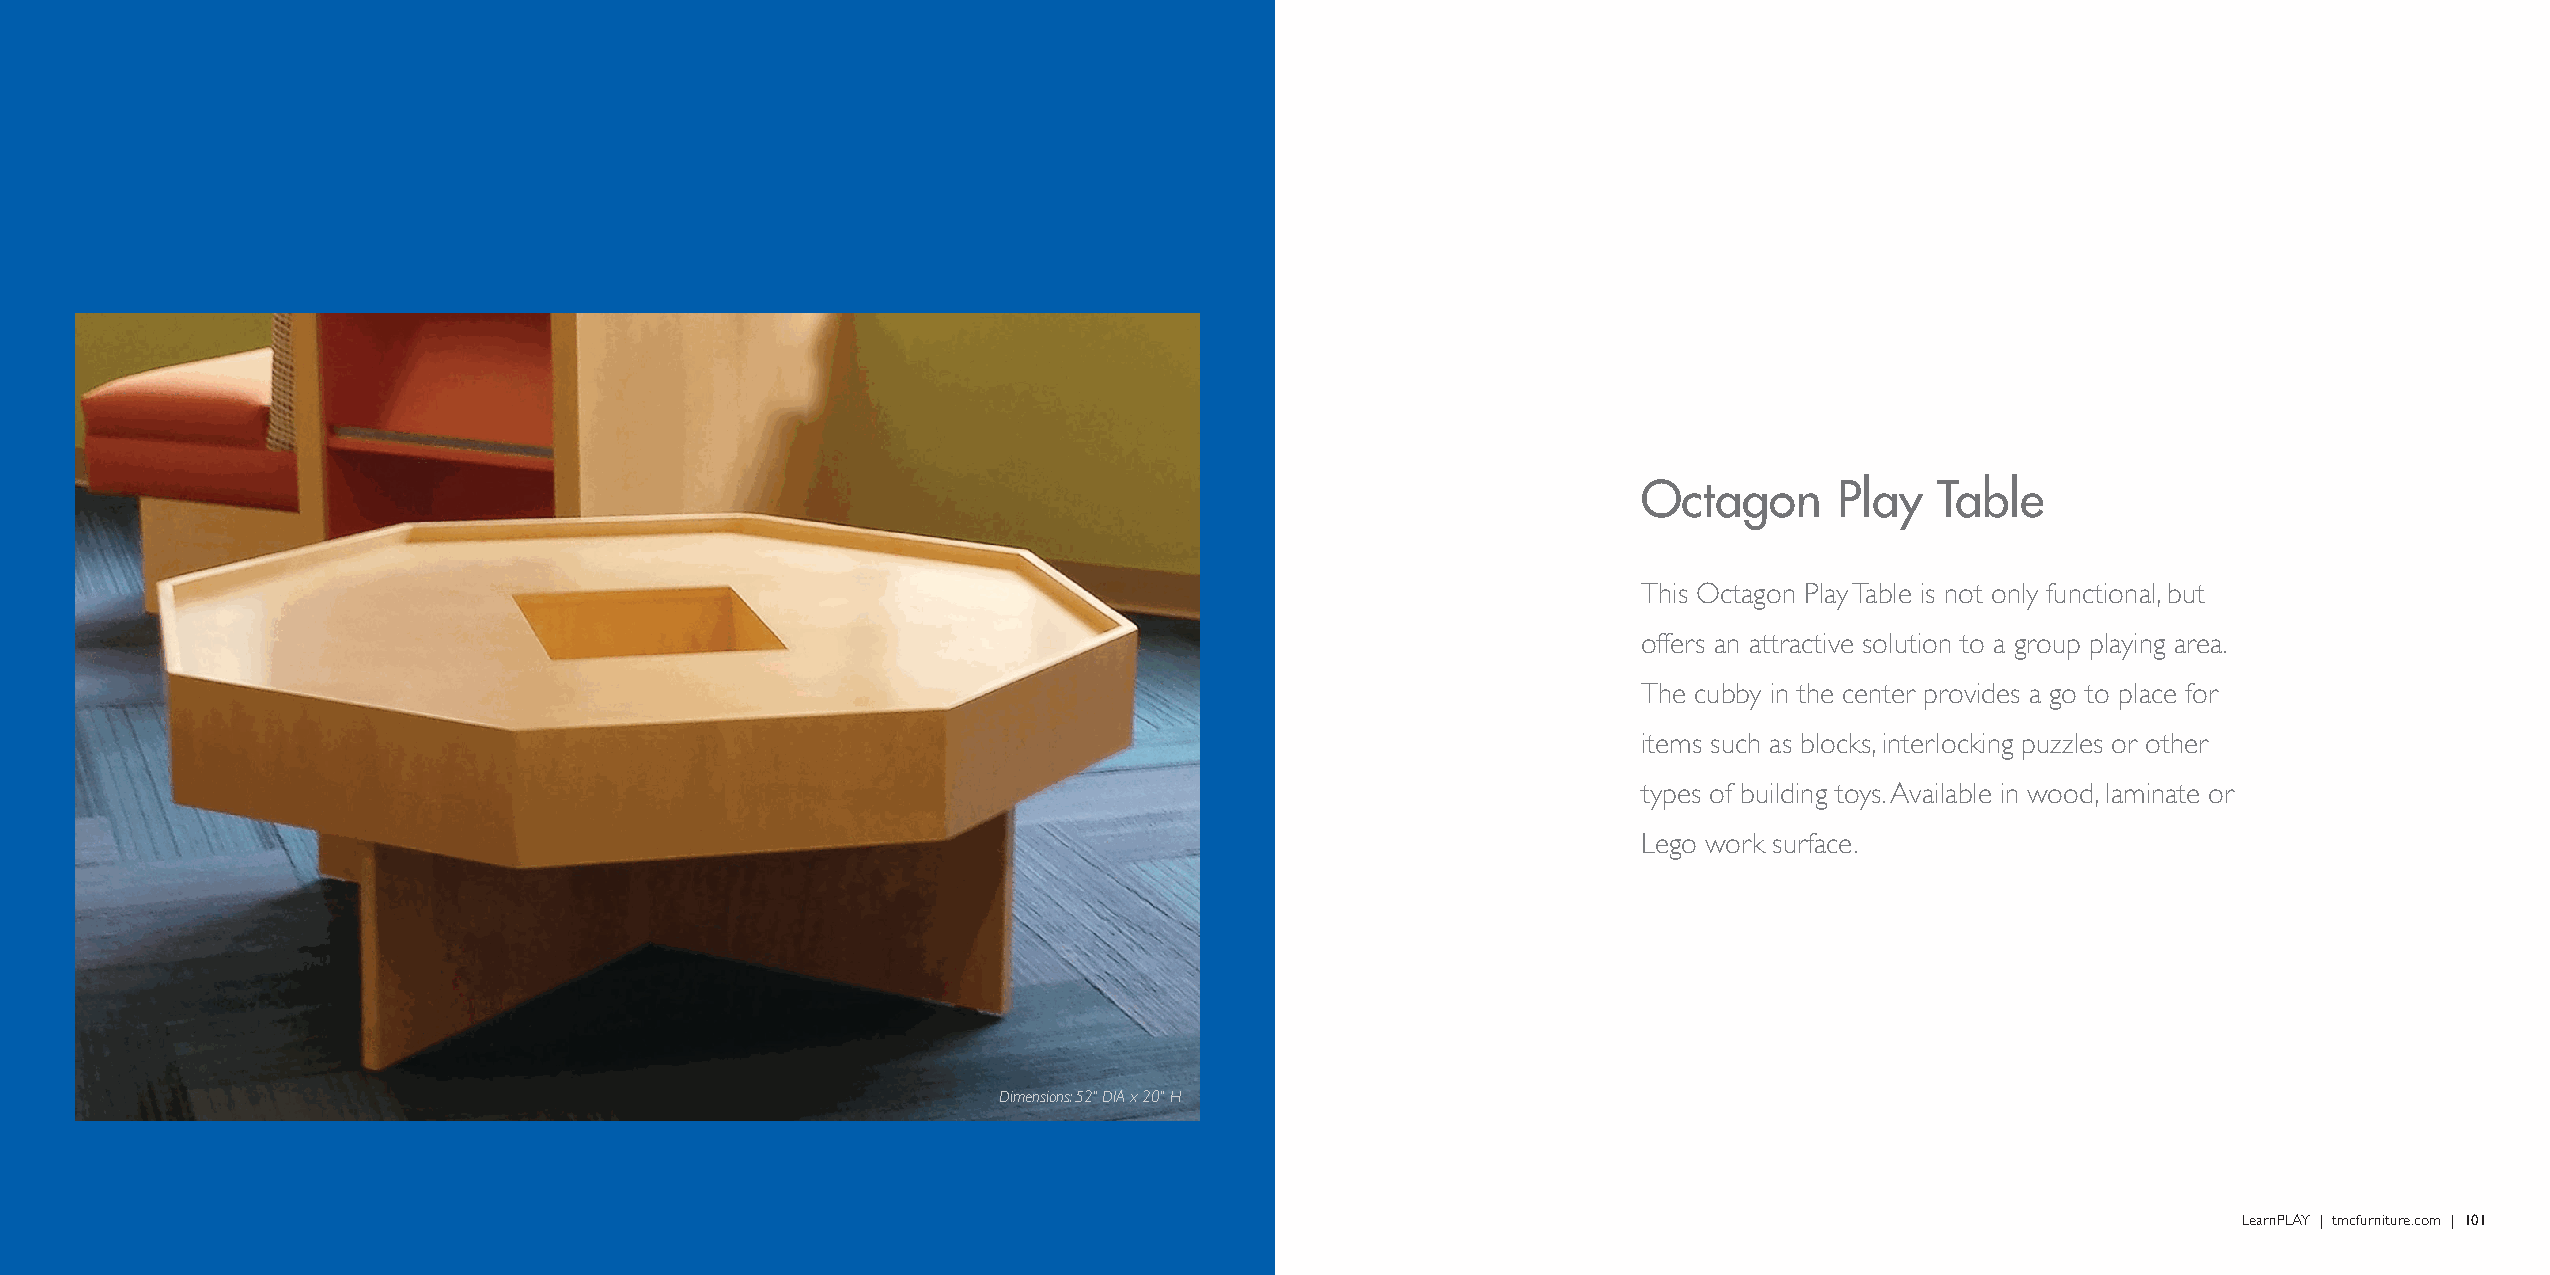
Octagon      Play  Table
 This Octagon Play Table is not only functional, but
 offers an attractive solution to a group playing area.
 The cubby in the center provides a go to place for
 items such as blocks, interlocking puzzles or other
 types of building toys. Available in wood, laminate or
 Lego work surface.
 Dimensions: 52" DIA x 20" H
 LearnPLAY | tmcfurniture.com | 101